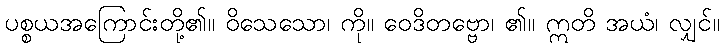
ပစ္စယအကြောင်းတို့၏။ ဝိသေသော၊ ကို။ ဝေဒိတဗ္ဗော၊ ၏။ ဣတိ အယံ၊ လျှင်။